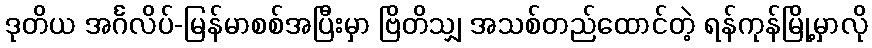
ဒုတိယ အင်္ဂလိပ်-မြန်မာစစ်အပြီးမှာ ဗြိတိသျှ အသစ်တည်ထောင်တဲ့ ရန်ကုန်မြို့မှာလို